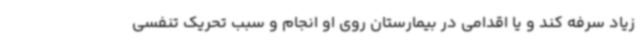
زیاد سرفه کند و یا اقدامی در بیمارستان روی او انجام و سبب تحریک تنفسی‌